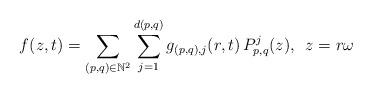
LaTeX: \begin{align*} f(z,t) = \sum_{(p,q) \in \mathbb{N}^2} \sum_{j=1}^{d(p,q)}g_{(p,q),j}(r,t)\, P_{p,q}^j(z),\,\,\, z = r\omega \end{align*}